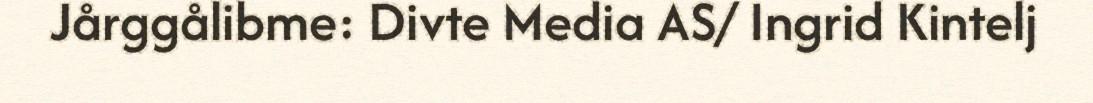
Jårggålibme: Divte Media AS/ Ingrid Kintelj